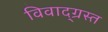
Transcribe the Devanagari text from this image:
विवाद्ग्रस्त